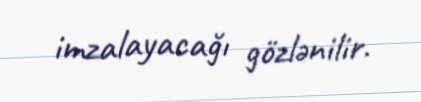
imzalayacağı gözlənilir.